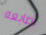
أصابعه